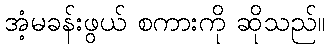
အံ့မခန်းဖွယ် စကားကို ဆိုသည်။